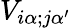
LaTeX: V_{i\alpha;j\alpha^{\prime}}